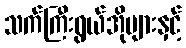
သက်ကြီးရွယ်အိုများနှင့်